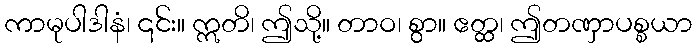
ကာမုပါဒါနံ၊ ၎င်း။ ဣတိ၊ ဤသို့။ တာဝ၊ စွာ။ ဧတ္ထ၊ ဤတဏှာပစ္စယာ